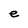
Character: e